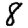
Digit: 8